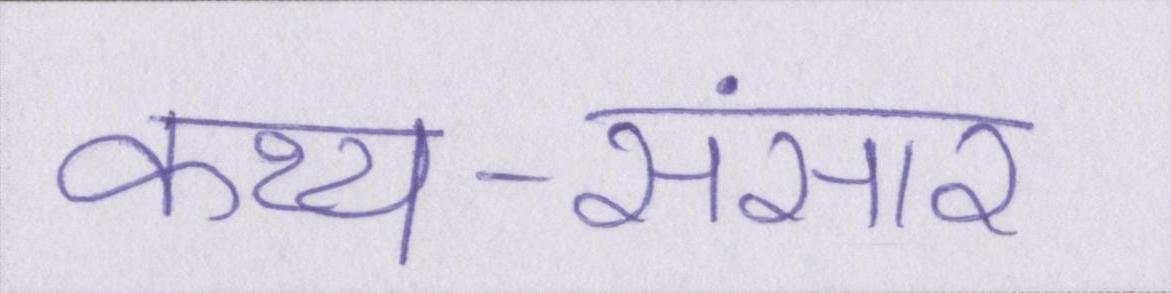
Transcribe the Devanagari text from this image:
कथ्य-संसार